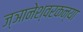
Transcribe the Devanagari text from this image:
ज्ञानेश्वरकन्या